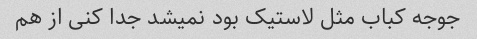
جوجه کباب مثل لاستیک بود نمیشد جدا کنی از هم